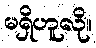
မရှိဟူလို။